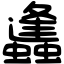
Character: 蠭